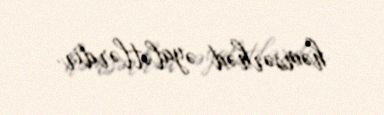
həmsərhəd əyalətlərdir.